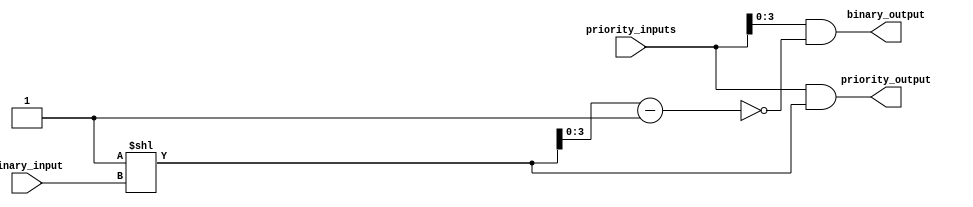
module priority_encoder_decoder(
    input [7:0] priority_inputs,
    input [3:0] binary_input,
    output [7:0] priority_output,
    output [3:0] binary_output
);

assign priority_output = priority_inputs & (1 << binary_input);

assign binary_output = priority_inputs & ~((1 << binary_input) - 1);

endmodule